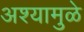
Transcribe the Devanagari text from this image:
अश्यामुळे